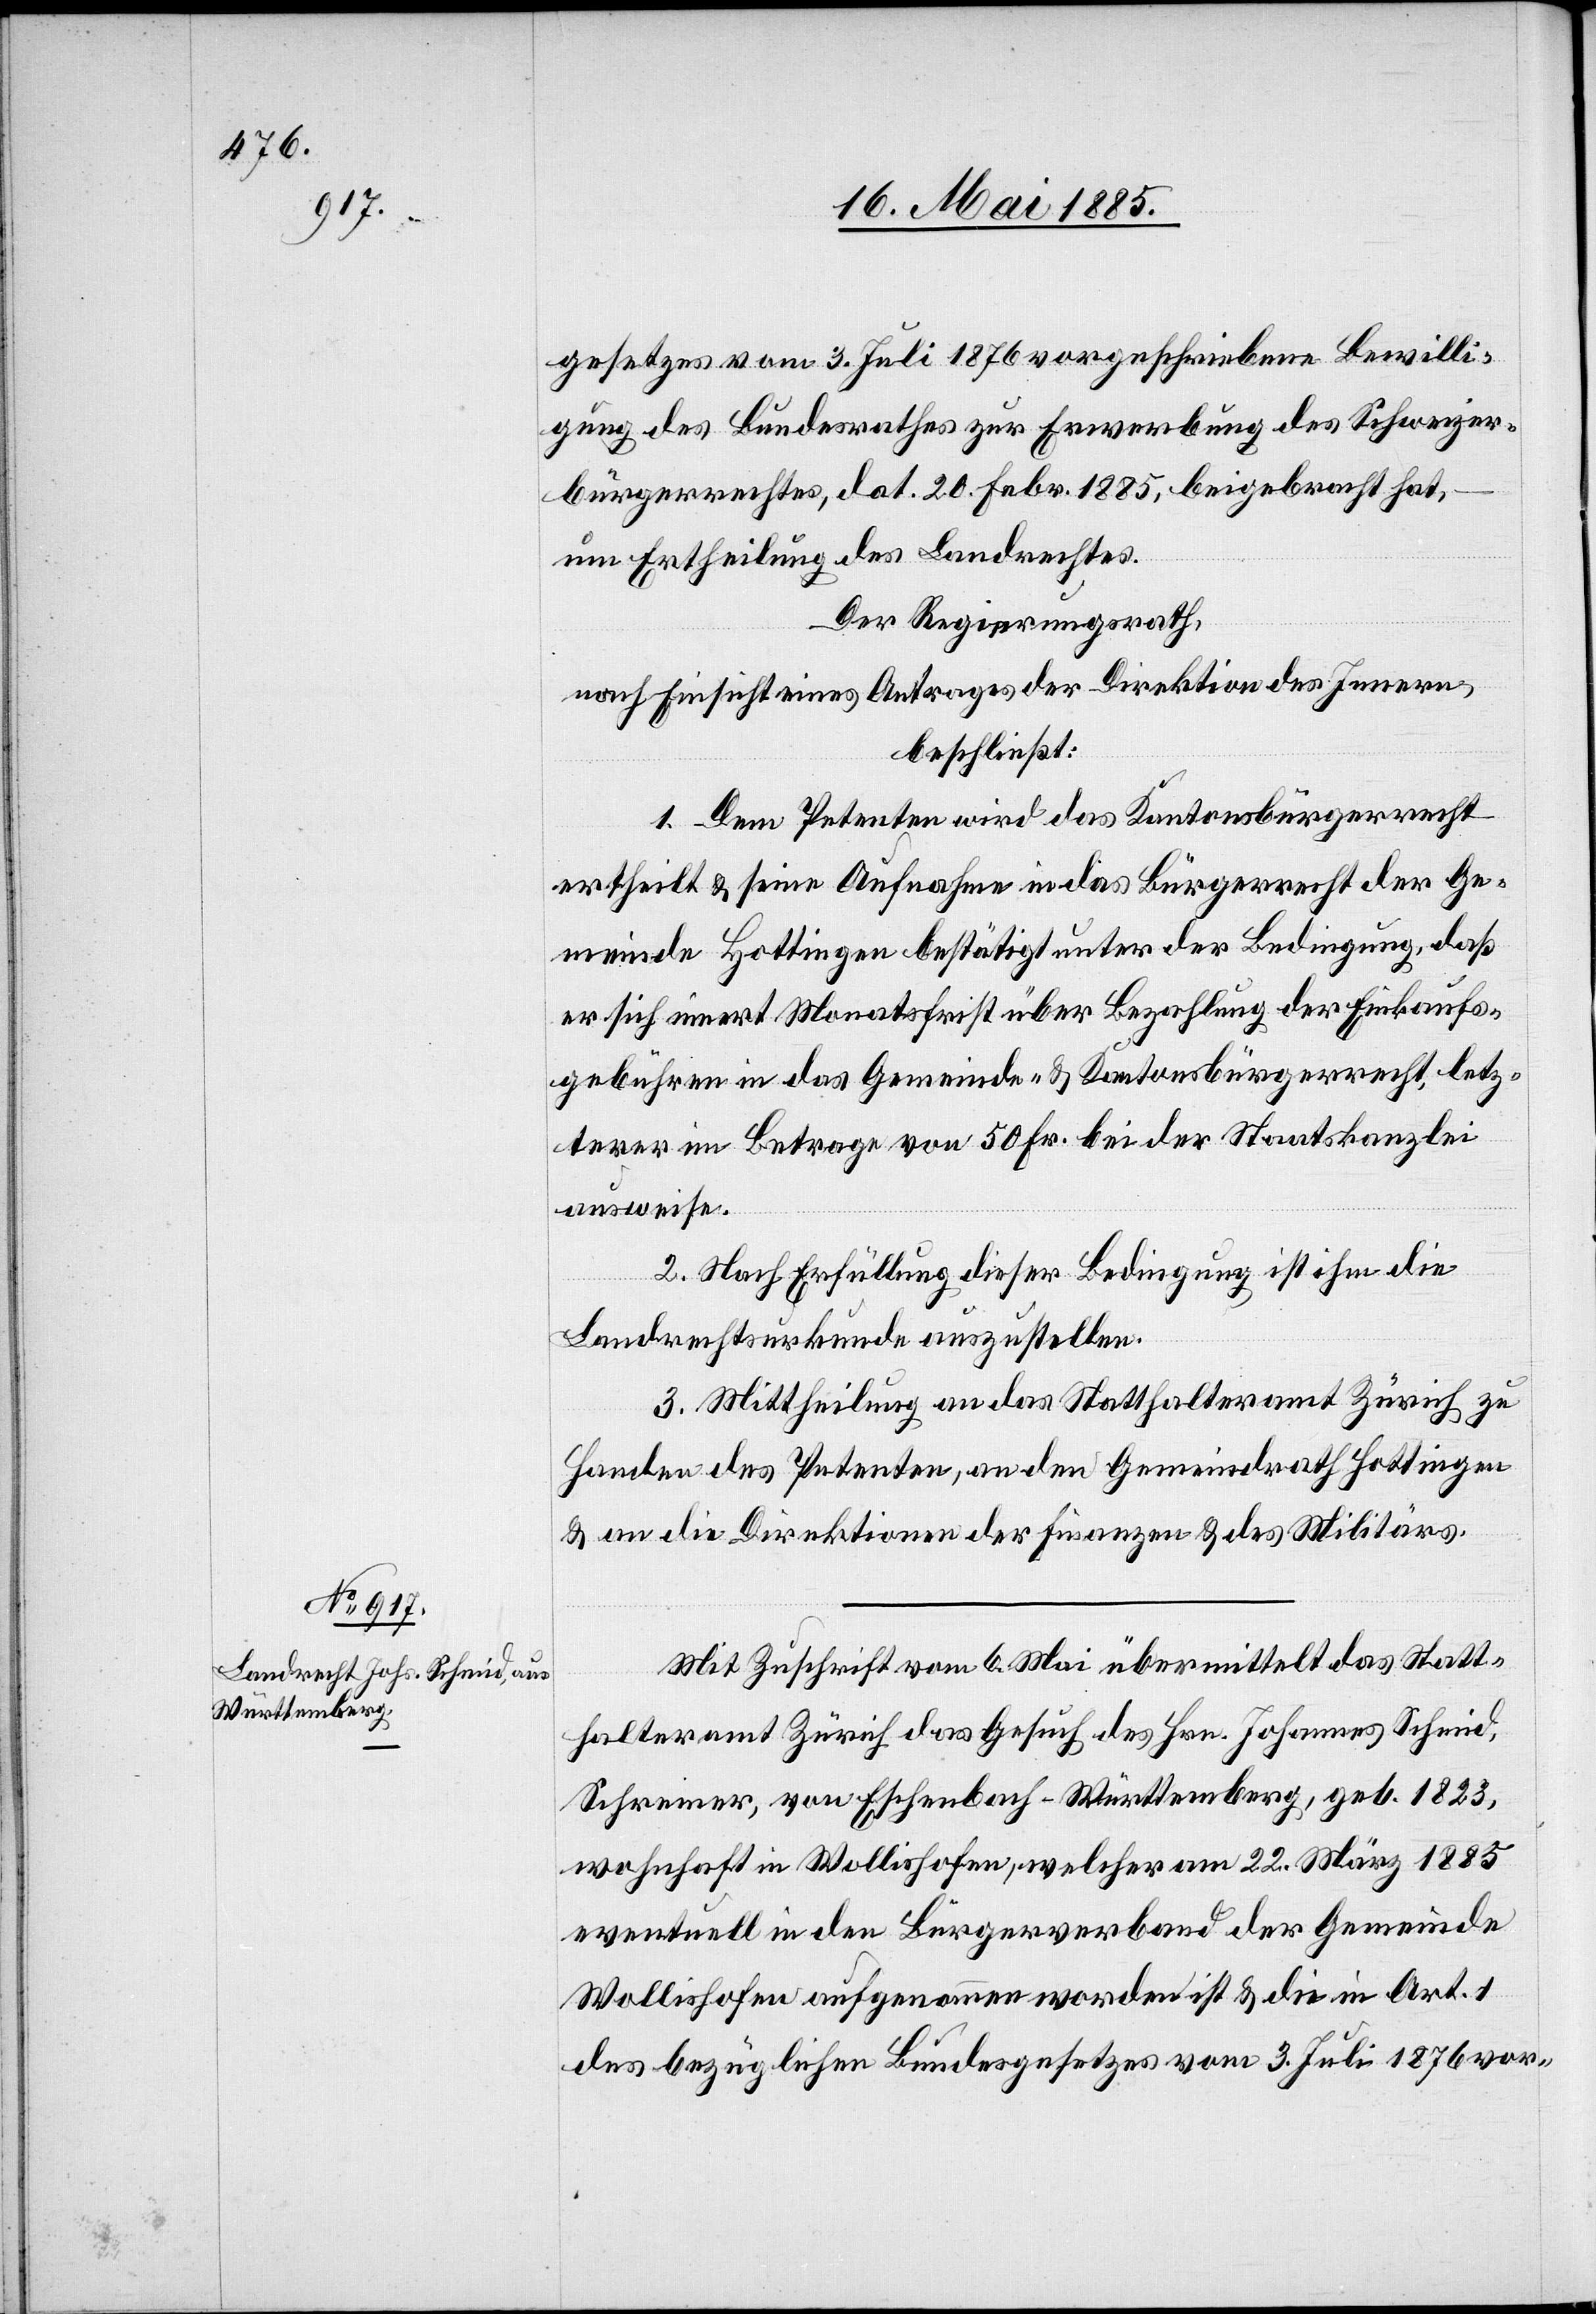
gesetzes vom 3. Juli 1876 vorgeschriebene Bewilli¬
gung des Bundesrathes zur Erwerbung des Schweizer¬
bürgerrechtes, dat. 20. Febr. 1885, beigebracht hat,
um Ertheilung des Landrechtes.
Der Regierungsrath,
nach Einsicht eines Antrages der Direktion des Innern,
beschließt:
1. Dem Petenten wird das Kantonsbürgerrecht
ertheilt & seine Aufnahme in das Bürgerrecht der Ge¬
meinde Hottingen bestätigt unter der Bedingung, daß
er sich innert Monatsfrist über Bezahlung der Einkaufs¬
gebühren in das Gemeinde- & Kantonsbürgerrecht, letz¬
terer im Betrage von 50 Fr. bei der Staatskanzlei
ausweise.
2. Nach Erfüllung dieser Bedingung ist ihm die
Landrechtsurkunde auszustellen.
3. Mittheilung an das Statthalteramt Zürich zu
Handen des Petenten, an den Gemeindrath Hottingen
& an die Direktionen der Finanzen & des Militärs.
Mit Zuschrift vom 6. Mai übermittelt das Statt¬
halteramt Zürich das Gesuch des Hrn. Johannes Schmid,
Schreiner, von Eschenbach - Württemberg, geb. 1823,
wohnhaft in Wollishofen, welcher am 22. März 1885
eventuell in den Bürgerverband der Gemeinde
Wollishofen aufgenommen worden ist & die in Art. 1
des bezüglichen Bundesgesetzes vom 3. Juli 1876 vor-